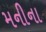
મનીના